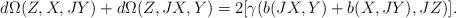
LaTeX: \begin{align*} d\Omega(Z,X,JY)+d\Omega(Z,JX,Y)=2[\gamma(b(JX,Y)+b(X,JY),JZ)]. \end{align*}